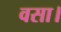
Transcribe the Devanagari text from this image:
वसा।